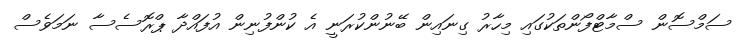
ސަމްސޮން ސްމާޓްފޯންތަކުގައި މިހާރު ގިނައިން ބޭނުންކުރަނީ އެ ކުންފުނިން އުފައްދާ ޕްރޮސެސާ ނަަމަވެސް